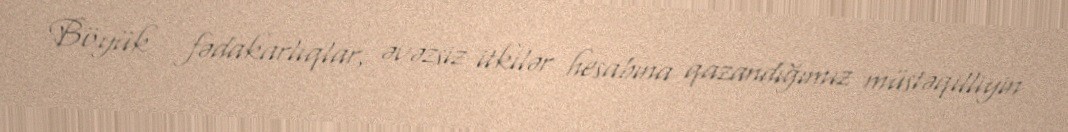
Böyük fədakarlıqlar, əvəzsiz itkilər hesabına qazandığımız müstəqilliyin